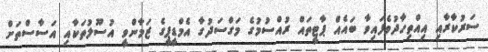
ސަރުކާރާއި އިއްތިހާދުވެފައިވާ ބައެއް ޕާޓީތައް ރުއްސުމުގެ މަގްސަދުގާ އެމްޑީޕީގެ ޒަމާންވީ އުސޫލުތަކާއި އަސާސްތަށް